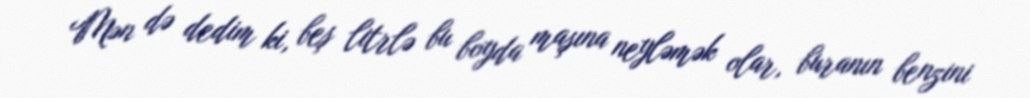
Mən də dedim ki, beş litrlə bu boyda maşına neyləmək olar, buranın benzini